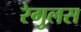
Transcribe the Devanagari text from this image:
रेगुलस